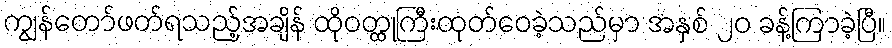
ကျွန်တော်ဖတ်ရသည့်အချိန် ထိုဝတ္ထုကြီးထုတ်ဝေခဲ့သည်မှာ အနှစ် ၂၀ ခန့်ကြာခဲ့ပြီ။